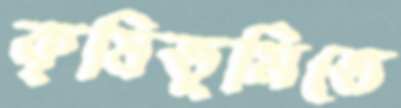
কৃষিভূমিতে